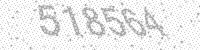
Solution: 518564